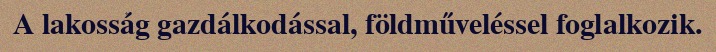
A lakosság gazdálkodással, földműveléssel foglalkozik.